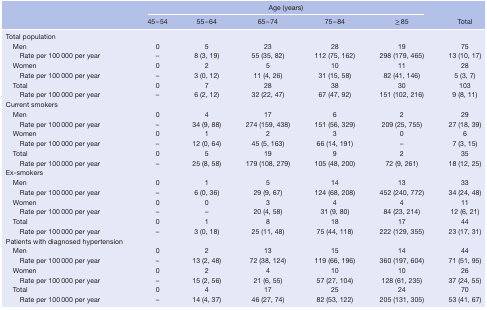
<table><thead><tr><td rowspan="2"></td><td colspan="5"><b>Age (years)</b></td><td rowspan="2"><b>Total</b></td></tr><tr><td><b>45–54</b></td><td><b>55–64</b></td><td><b>65–74</b></td><td><b>75–84</b></td><td><b>≥ 85</b></td></tr></thead><tbody><tr><td>Total population</td><td></td><td></td><td></td><td></td><td></td><td></td></tr><tr><td>Men</td><td>0</td><td>5</td><td>23</td><td>28</td><td>19</td><td>75</td></tr><tr><td>Rate per 100 000 per year</td><td>–</td><td>8 (3, 19)</td><td>55 (35, 82)</td><td>112 (75, 162)</td><td>298 (179, 465)</td><td>13 (10, 17)</td></tr><tr><td>Women</td><td>0</td><td>2</td><td>5</td><td>10</td><td>11</td><td>28</td></tr><tr><td>Rate per 100 000 per year</td><td>–</td><td>3 (0, 12)</td><td>11 (4, 26)</td><td>31 (15, 58)</td><td>82 (41, 146)</td><td>5 (3, 7)</td></tr><tr><td>Total</td><td>0</td><td>7</td><td>28</td><td>38</td><td>30</td><td>103</td></tr><tr><td>Rate per 100 000 per year</td><td>–</td><td>6 (2, 12)</td><td>32 (22, 47)</td><td>67 (47, 92)</td><td>151 (102, 216)</td><td>9 (8, 11)</td></tr><tr><td>Current smokers</td><td></td><td></td><td></td><td></td><td></td><td></td></tr><tr><td>Men</td><td>0</td><td>4</td><td>17</td><td>6</td><td>2</td><td>29</td></tr><tr><td>Rate per 100 000 per year</td><td>–</td><td>34 (9, 88)</td><td>274 (159, 438)</td><td>151 (56, 329)</td><td>209 (25, 755)</td><td>27 (18, 39)</td></tr><tr><td>Women</td><td>0</td><td>1</td><td>2</td><td>3</td><td>0</td><td>6</td></tr><tr><td>Rate per 100 000 per year</td><td>–</td><td>12 (0, 64)</td><td>45 (5, 163)</td><td>66 (14, 191)</td><td>–</td><td>7 (3, 15)</td></tr><tr><td>Total</td><td>0</td><td>5</td><td>19</td><td>9</td><td>2</td><td>35</td></tr><tr><td>Rate per 100 000 per year</td><td>–</td><td>25 (8, 58)</td><td>179 (108, 279)</td><td>105 (48, 200)</td><td>72 (9, 261)</td><td>18 (12, 25)</td></tr><tr><td>Ex‐smokers</td><td></td><td></td><td></td><td></td><td></td><td></td></tr><tr><td>Men</td><td>0</td><td>1</td><td>5</td><td>14</td><td>13</td><td>33</td></tr><tr><td>Rate per 100 000 per year</td><td>–</td><td>6 (0, 36)</td><td>29 (9, 67)</td><td>124 (68, 208)</td><td>452 (240, 772)</td><td>34 (24, 48)</td></tr><tr><td>Women</td><td>0</td><td>0</td><td>3</td><td>4</td><td>4</td><td>11</td></tr><tr><td>Rate per 100 000 per year</td><td>–</td><td>–</td><td>20 (4, 58)</td><td>31 (9, 80)</td><td>84 (23, 214)</td><td>12 (6, 21)</td></tr><tr><td>Total</td><td>0</td><td>1</td><td>8</td><td>18</td><td>17</td><td>44</td></tr><tr><td>Rate per 100 000 per year</td><td>–</td><td>3 (0, 18)</td><td>25 (11, 48)</td><td>75 (44, 118)</td><td>222 (129, 355)</td><td>23 (17, 31)</td></tr><tr><td>Patients with diagnosed hypertension</td><td></td><td></td><td></td><td></td><td></td><td></td></tr><tr><td>Men</td><td>0</td><td>2</td><td>13</td><td>15</td><td>14</td><td>44</td></tr><tr><td>Rate per 100 000 per year</td><td>–</td><td>13 (2, 48)</td><td>72 (38, 124)</td><td>119 (66, 196)</td><td>360 (197, 604)</td><td>71 (51, 95)</td></tr><tr><td>Women</td><td>0</td><td>2</td><td>4</td><td>10</td><td>10</td><td>26</td></tr><tr><td>Rate per 100 000 per year</td><td>–</td><td>15 (2, 56)</td><td>21 (6, 55)</td><td>57 (27, 104)</td><td>128 (61, 235)</td><td>37 (24, 55)</td></tr><tr><td>Total</td><td>0</td><td>4</td><td>17</td><td>25</td><td>24</td><td>70</td></tr><tr><td>Rate per 100 000 per year</td><td>–</td><td>14 (4, 37)</td><td>46 (27, 74)</td><td>82 (53, 122)</td><td>205 (131, 305)</td><td>53 (41, 67)</td></tr></tbody></table>